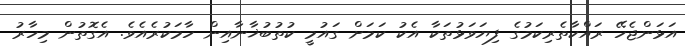
އަޅަންޖެހޭ ރައްކާތެރިކަމުގެ ފިޔަވަޅުތަކާ އެކު ކަމަށް ގައުމީ ކުތުބުޚާނާއިން ހާމަކުރެއެވެ. އެގޮތުން މިހާރު